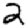
Digit: 2